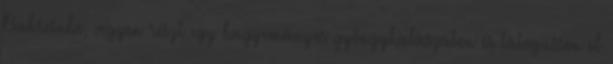
Bahreinbe, vegyen részt egy hagyományos gyöngyhalászaton és látogasson el